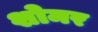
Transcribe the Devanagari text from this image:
शोमर